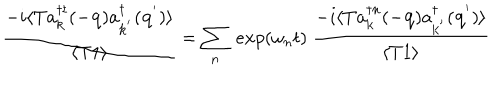
LaTeX: \frac { - i \langle T a _ { { \bf { k } } } ^ { \dagger t } ( - { \bf { q } } ) a _ { { \bf { k } } ^ { ' } } ^ { \dagger } ( { \bf { q } } ^ { ' } ) \rangle } { \langle T 1 \rangle } = \sum _ { n } \mathrm { ~ } e x p ( \omega _ { n } t ) \mathrm { ~ } \frac { - i \langle T a _ { { \bf { k } } } ^ { \dagger n } ( - { \bf { q } } ) a _ { { \bf { k } } ^ { ' } } ^ { \dagger } ( { \bf { q } } ^ { ' } ) \rangle } { \langle T 1 \rangle }